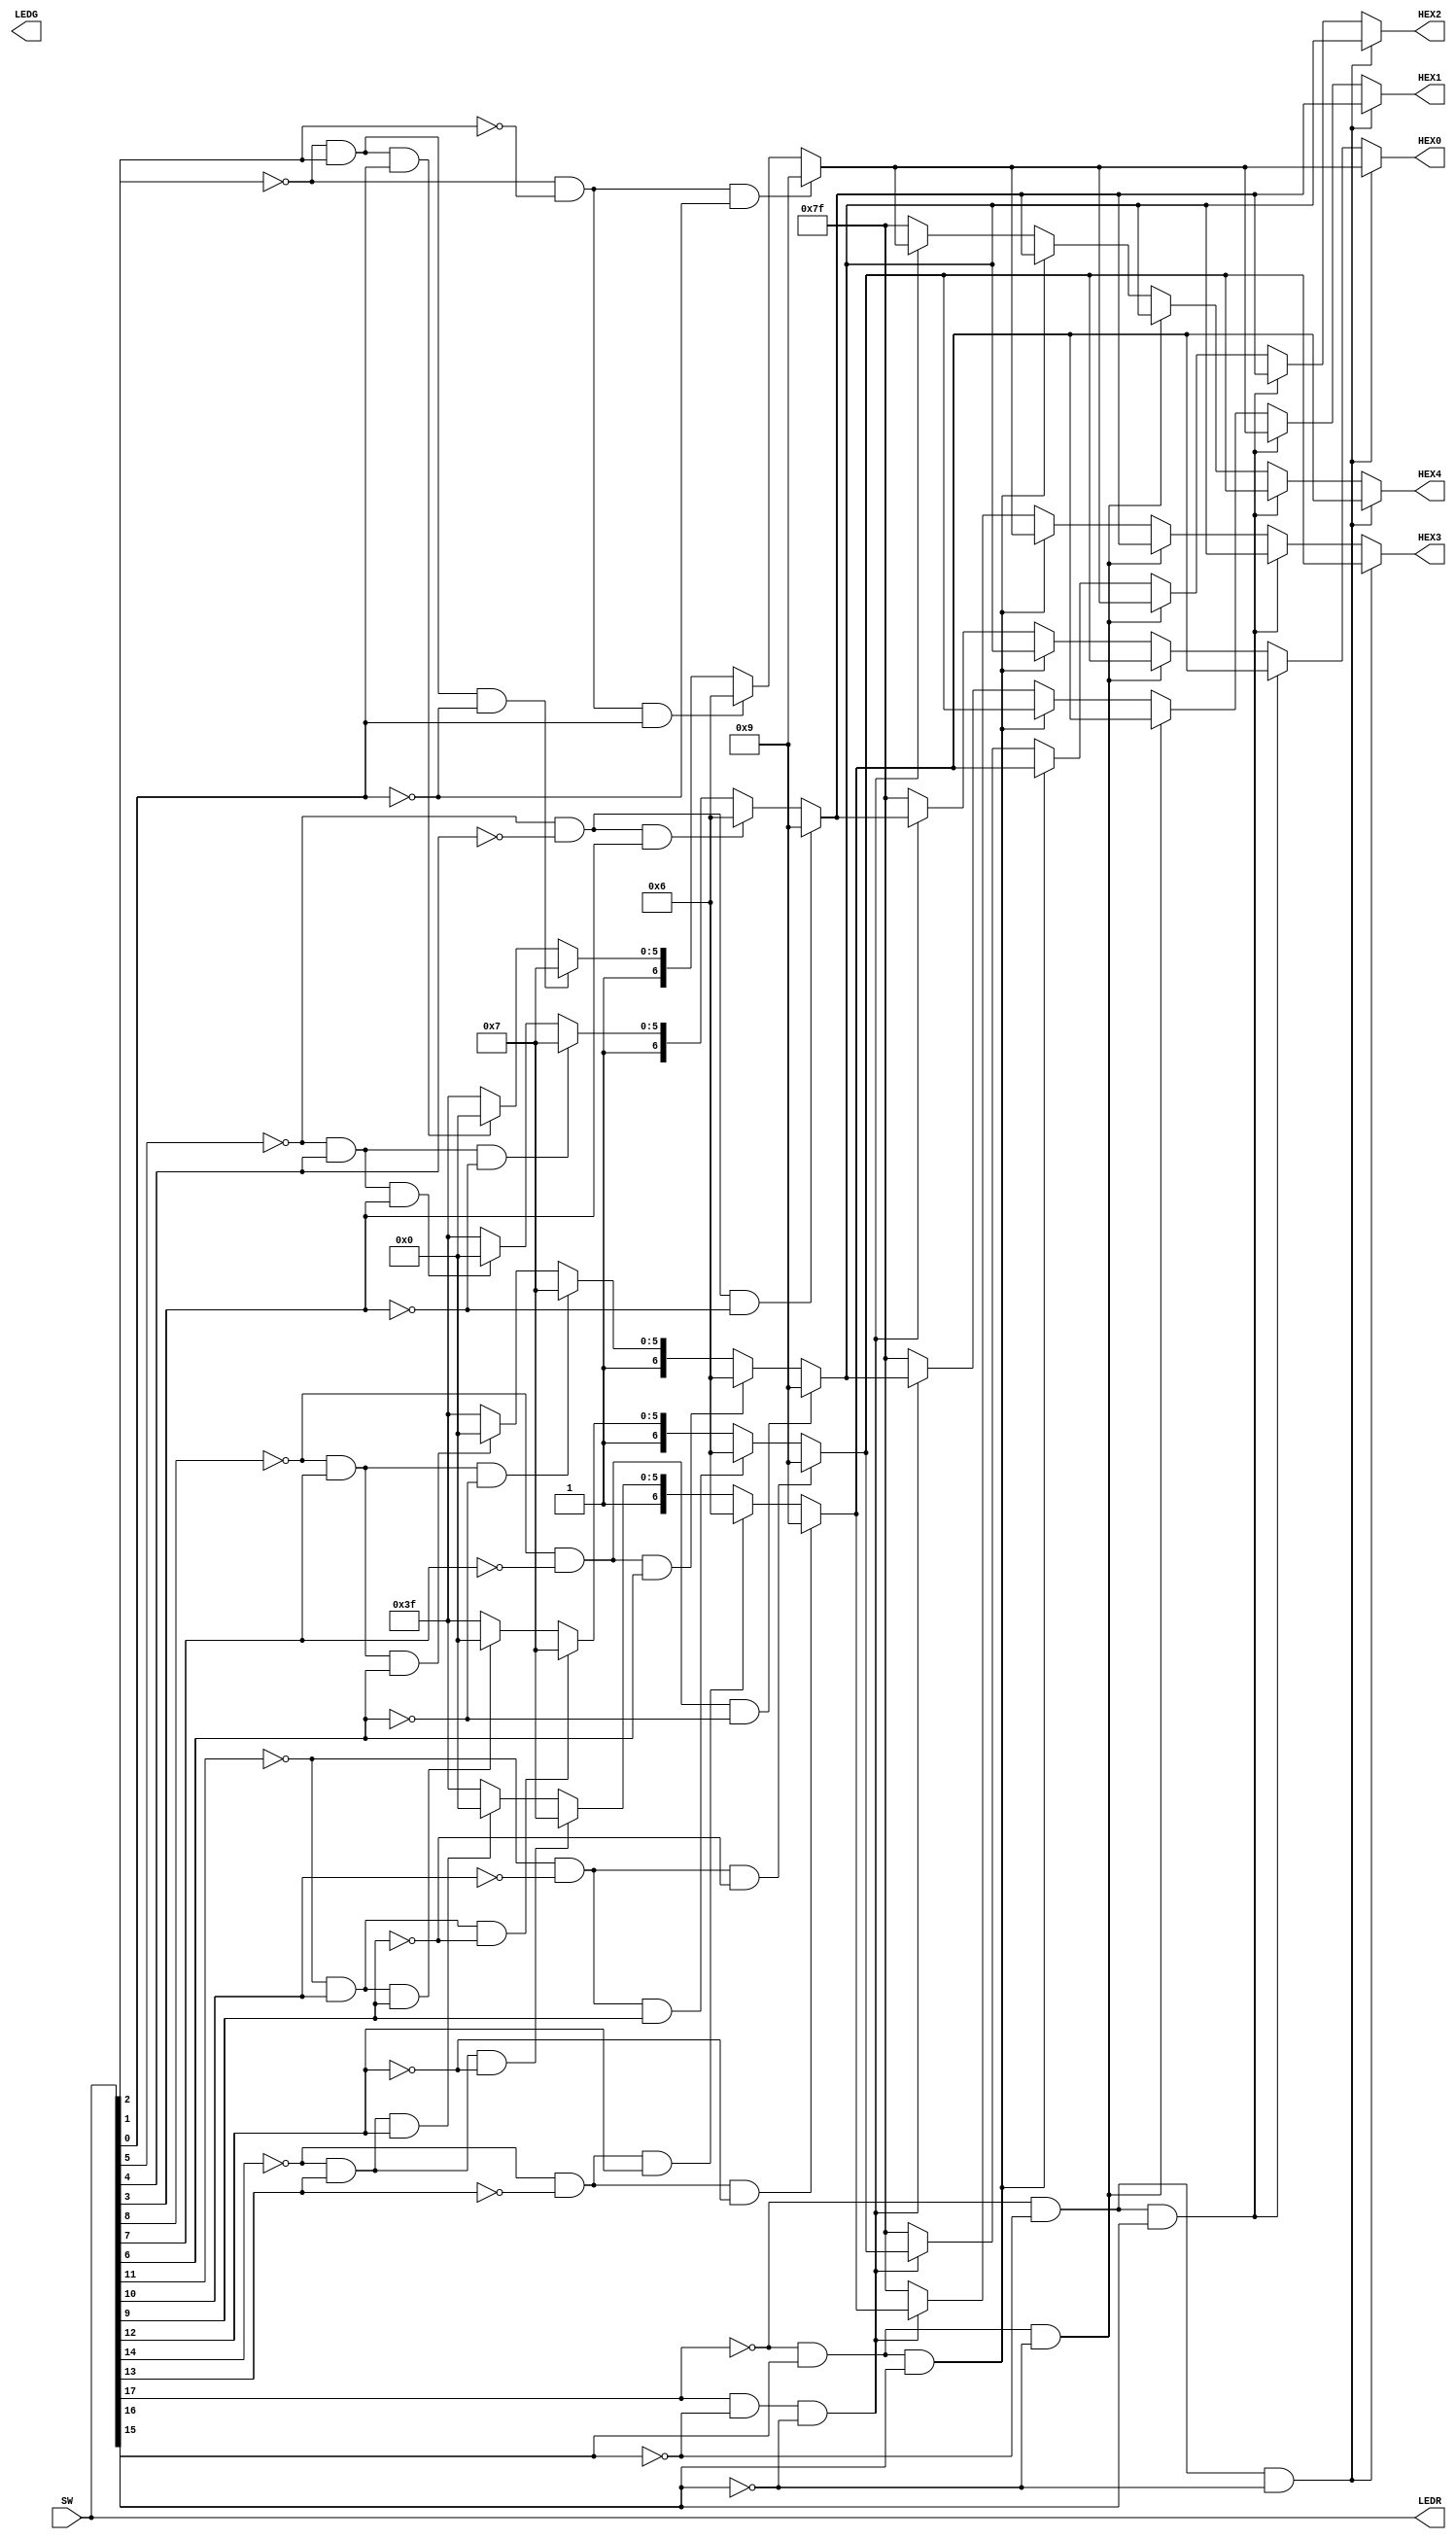
//This program uses a 3 bit wide multiplexer to display letters onto the HEX displays. Using SW[17:15], the 
//letters denoted by SW[14:12], SW[11, 9], SW[8, 6], SW[5, 3], and SW[2, 0] can be rotated on the displays.
//by counting in binary with SW[17:15]
module Lab15 (SW, LEDR, LEDG, HEX0, HEX1, HEX2, HEX3, HEX4);
input [17:0]SW;
output [17:0]LEDR;
output [7:0]LEDG;
output [6:0]HEX0;
output [6:0]HEX1;
output [6:0]HEX2;
output [6:0]HEX3;
output [6:0]HEX4;

wire [6:0]letter0;
wire [6:0]letter1;
wire [6:0]letter2;
wire [6:0]letter3;
wire [6:0]letter4;
assign LEDR = SW;

//                        if true      do  :  else
//assign LEDG[7:0] = (SW[17] == 0)?SW[7:0]:SW[15:8] ;

assign letter0 = (SW[2] == 0  && SW[1] == 0 && SW[0] == 0)?7'b0001001:  // H
				  (SW[2] == 0  && SW[1] == 0 && SW[0] == 1)?7'b0000110:  // E
				  (SW[2] == 0  && SW[1] == 1 && SW[0] == 0)?7'b1000111:  // L
				  (SW[2] == 0  && SW[1] == 1 && SW[0] == 1)?7'b1000000: // O
				   7'b1111111; 
assign letter1 = (SW[5] == 0  && SW[4] == 0 && SW[3] == 0)?7'b0001001:  // H
				  (SW[5] == 0  && SW[4] == 0 && SW[3] == 1)?7'b0000110:  // E
				  (SW[5] == 0  && SW[4] == 1 && SW[3] == 0)?7'b1000111:  // L
				  (SW[5] == 0  && SW[4] == 1 && SW[3] == 1)?7'b1000000: // O
				   7'b1111111; 
assign letter2 = (SW[8] == 0  && SW[7] == 0 && SW[6] == 0)?7'b0001001:  // H
				  (SW[8] == 0  && SW[7] == 0 && SW[6] == 1)?7'b0000110:  // E
				  (SW[8] == 0  && SW[7] == 1 && SW[6] == 0)?7'b1000111:  // L
				  (SW[8] == 0  && SW[7] == 1 && SW[6] == 1)?7'b1000000: // O
				   7'b1111111; 
assign letter3 = (SW[11] == 0  && SW[10] == 0 && SW[9] == 0)?7'b0001001:  // H
				  (SW[11] == 0  && SW[10] == 0 && SW[9] == 1)?7'b0000110:  // E
				  (SW[11] == 0  && SW[10] == 1 && SW[9] == 0)?7'b1000111:  // L
				  (SW[11] == 0  && SW[10] == 1 && SW[9] == 1)?7'b1000000: // O
				   7'b1111111; 
assign letter4 = (SW[14] == 0  && SW[13] == 0 && SW[12] == 0)?7'b0001001:  // H
				  (SW[14] == 0  && SW[13] == 0 && SW[12] == 1)?7'b0000110:  // E
				  (SW[14] == 0  && SW[13] == 1 && SW[12] == 0)?7'b1000111:  // L
				  (SW[14] == 0  && SW[13] == 1 && SW[12] == 1)?7'b1000000: // O
				   7'b1111111; 

assign HEX0 = (SW[17] == 0  && SW[16] == 0 && SW[15] == 0)?letter0: 
				  (SW[17] == 0  && SW[16] == 0 && SW[15] == 1)?letter4: 
				  (SW[17] == 0  && SW[16] == 1 && SW[15] == 0)?letter3: 
				  (SW[17] == 0  && SW[16] == 1 && SW[15] == 1)?letter2: 
				  (SW[17] == 1  && SW[16] == 0 && SW[15] == 0)?letter1: 
				   7'b1111111; 
					
assign HEX1 = (SW[17] == 0  && SW[16] == 0 && SW[15] == 0)?letter1: 
				  (SW[17] == 0  && SW[16] == 0 && SW[15] == 1)?letter0: 
				  (SW[17] == 0  && SW[16] == 1 && SW[15] == 0)?letter4: 
				  (SW[17] == 0  && SW[16] == 1 && SW[15] == 1)?letter3: 
				  (SW[17] == 1  && SW[16] == 0 && SW[15] == 0)?letter2: 
				   7'b1111111; 
					
assign HEX2 = (SW[17] == 0  && SW[16] == 0 && SW[15] == 0)?letter2: 
				  (SW[17] == 0  && SW[16] == 0 && SW[15] == 1)?letter1: 
				  (SW[17] == 0  && SW[16] == 1 && SW[15] == 0)?letter0: 
				  (SW[17] == 0  && SW[16] == 1 && SW[15] == 1)?letter4: 
				  (SW[17] == 1  && SW[16] == 0 && SW[15] == 0)?letter3:
			  	   7'b1111111; 
				  
assign HEX3 = (SW[17] == 0  && SW[16] == 0 && SW[15] == 0)?letter3: 
				  (SW[17] == 0  && SW[16] == 0 && SW[15] == 1)?letter2: 
				  (SW[17] == 0  && SW[16] == 1 && SW[15] == 0)?letter1: 
				  (SW[17] == 0  && SW[16] == 1 && SW[15] == 1)?letter0: 
				  (SW[17] == 1  && SW[16] == 0 && SW[15] == 0)?letter4:
				   7'b1111111; 
				  
assign HEX4 = (SW[17] == 0  && SW[16] == 0 && SW[15] == 0)?letter4: 
				  (SW[17] == 0  && SW[16] == 0 && SW[15] == 1)?letter3: 
				  (SW[17] == 0  && SW[16] == 1 && SW[15] == 0)?letter2: 
				  (SW[17] == 0  && SW[16] == 1 && SW[15] == 1)?letter1: 
				  (SW[17] == 1  && SW[16] == 0 && SW[15] == 0)?letter0:
				   7'b1111111; 
			
endmodule